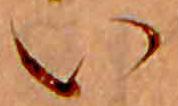
い